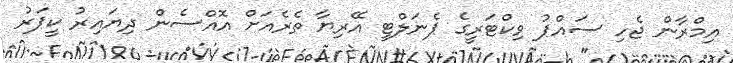
އިމްރާން ޖެހި ސައްޕު ވިކްޓަރީގެ ޕެނަލްޓީ އޭރިޔާ ތެރެއަށް އޮއްސެން ދިޔައިރު ކީޕަރު